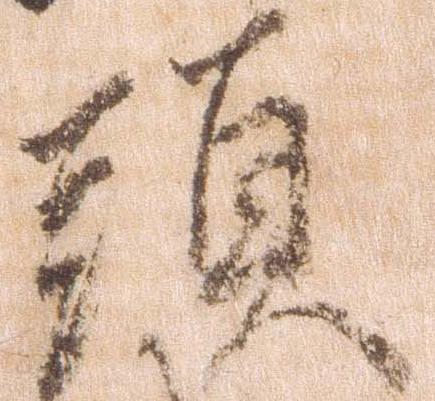
頭